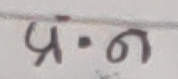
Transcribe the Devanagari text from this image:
प्रं.ण